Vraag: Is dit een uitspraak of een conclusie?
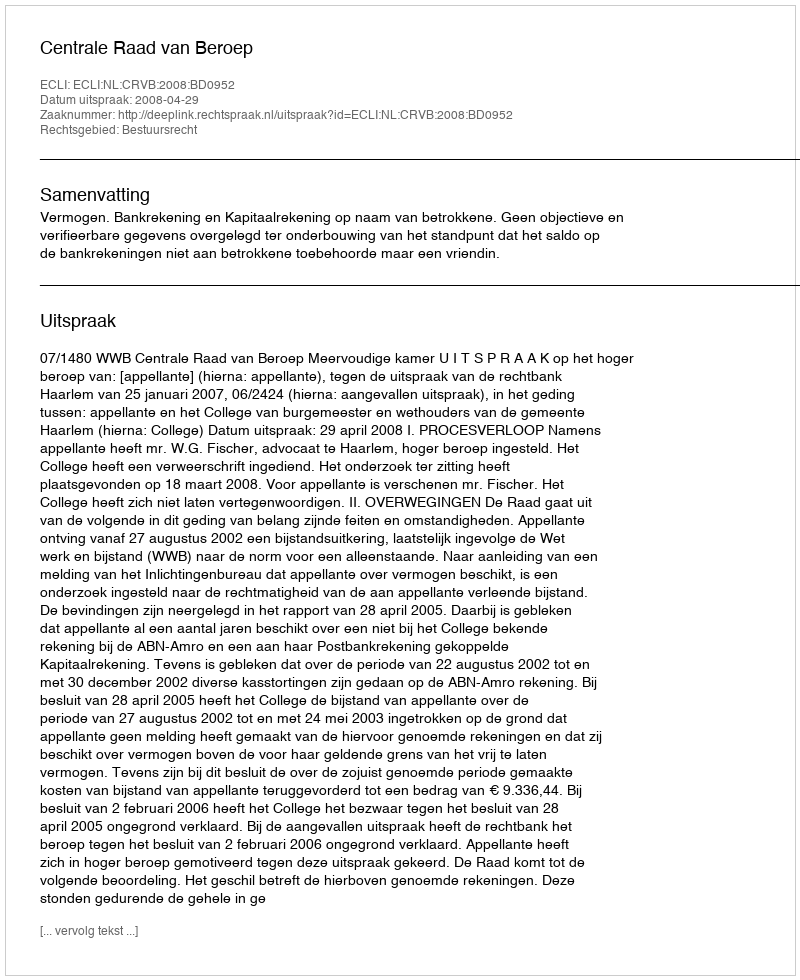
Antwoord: Uitspraak